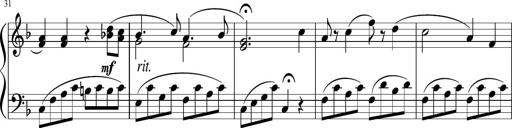
Title: 3 Sonatinen
Composer: Heinrich Lichner